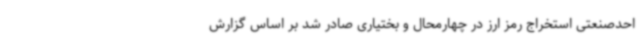
احدصنعتی استخراج رمز ارز در چهارمحال و بختیاری صادر شد بر اساس گزارش